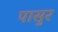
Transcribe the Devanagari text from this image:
पासुर